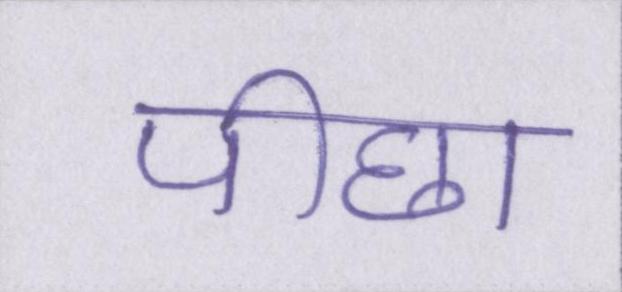
पीछा